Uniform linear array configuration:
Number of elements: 32
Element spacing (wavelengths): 0.75
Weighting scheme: hann
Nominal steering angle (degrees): -45
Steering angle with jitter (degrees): -43.215
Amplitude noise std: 0.05
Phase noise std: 0.05

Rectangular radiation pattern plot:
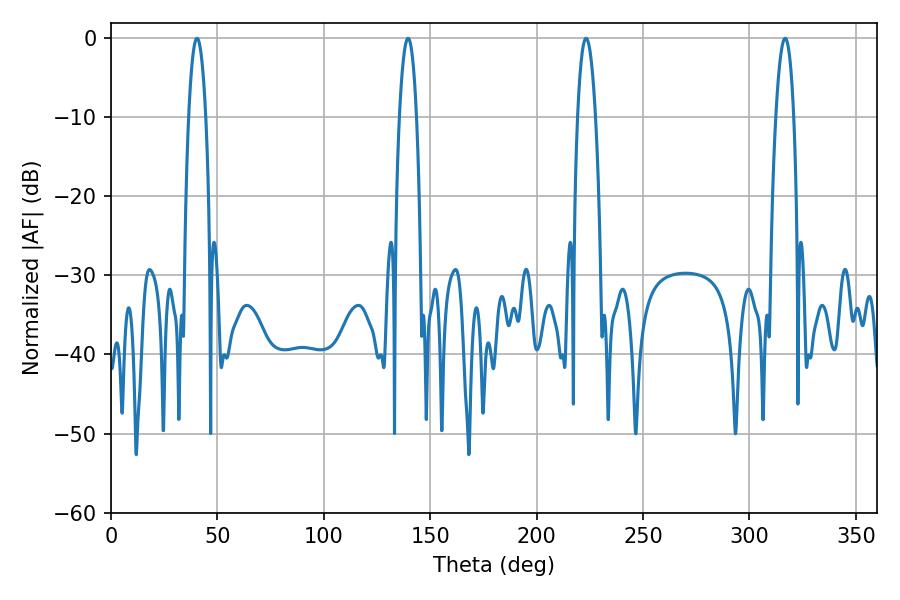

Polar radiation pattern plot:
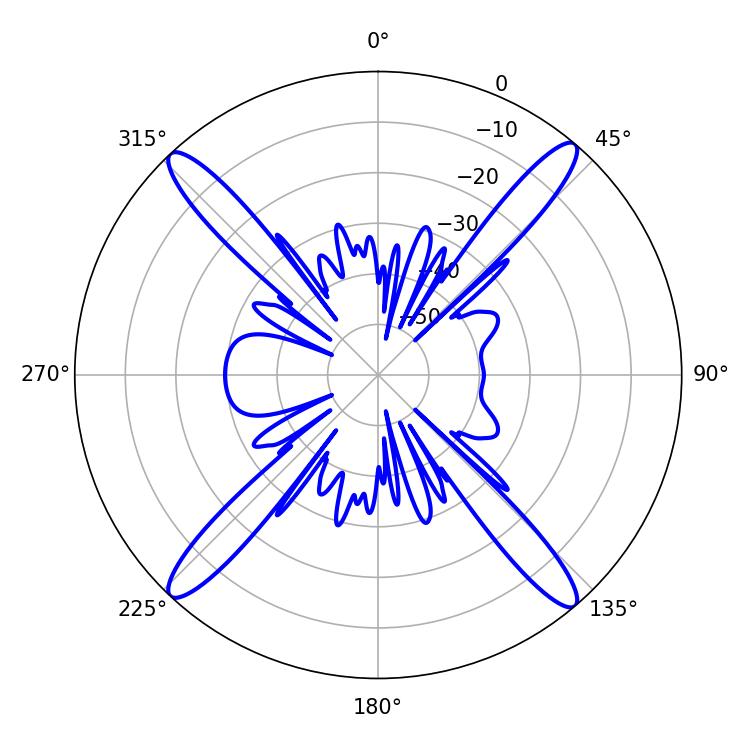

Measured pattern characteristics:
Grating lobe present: TRUE
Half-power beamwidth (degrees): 4.5
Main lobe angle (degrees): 223.2